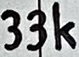
Text: 33k